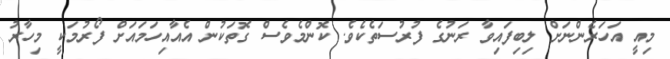
މިއީ އަހަރެންނަށް ލިބިފައިވާ ރަނުގެ ފުރުސަތެކެވެ. ކޮންމެވެސް ގޮތަކުން އެއާއިހަމައަށް ފޯރުމަކީ މިހާރު